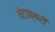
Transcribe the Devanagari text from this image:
नेटाक्षरी